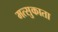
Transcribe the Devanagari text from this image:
मत्सुकाता